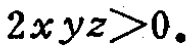
\(2xyz>0\)